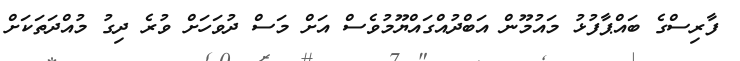
ފާރިސްގެ ބައްޕާފުޅު މައުމޫން އަބްދުއްގައްޔޫމުވެސް އަށް މަސް ދުވަހަށް ވުރެ ދިގު މުއްދަތަކަށް